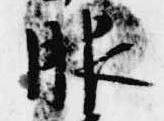
服